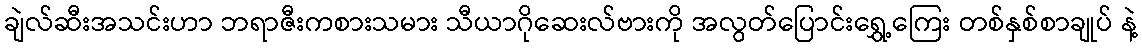
ချဲလ်ဆီးအသင်းဟာ ဘရာဇီးကစားသမား သီယာဂိုဆေးလ်ဗားကို အလွတ်ပြောင်းရွှေ့ကြေး တစ်နှစ်စာချုပ် နဲ့